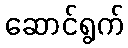
ဆောင်ရွက်